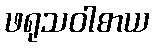
ဖရုသဝါစာယ